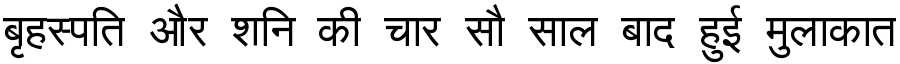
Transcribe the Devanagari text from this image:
बृहस्पति और शनि की चार सौ साल बाद हुई मुलाकात